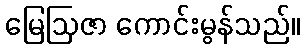
မြေဩဇာ ကောင်းမွန်သည်။